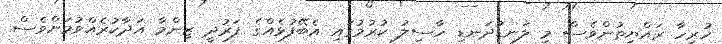
ހުރިހާ ރައްޔިތުންވެސް މި ލަނޑުދަނޑި ހާސިލު ކުރުމުގައި އެބޭފުޅެއްގެ ފަރުދީ ޒިންމާ އަދާކުރެއްވުމަށްވެސް